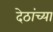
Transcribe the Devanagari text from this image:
देठांच्या